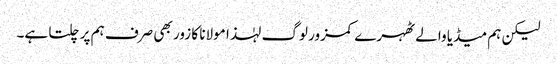
لیکن ہم میڈیا والے ٹھہرے کمزور لوگ لہٰذا مولانا کا زور بھی صرف ہم پر چلتا ہے۔